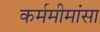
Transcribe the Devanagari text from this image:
कर्ममीमांसा